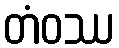
တံဝဿ